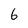
Character: 6